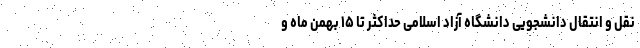
نقل و انتقال دانشجویی دانشگاه آزاد اسلامی حداکثر تا ۱۵ بهمن ماه و